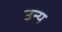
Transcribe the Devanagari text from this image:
उन्य